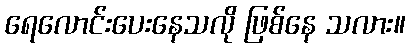
ရေလောင်းပေးနေသလို ဖြစ်နေ သလား။